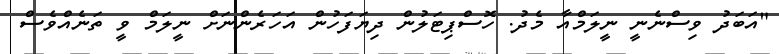
"އަބަދު ވިސްނެނީ ނީލަމްއާ މެދު. ހޮސްޕިޓަލުން ދިޔަފަހުން އަހަރެންނަށް ނީލަމް ވީ ތަނެއްވެސް